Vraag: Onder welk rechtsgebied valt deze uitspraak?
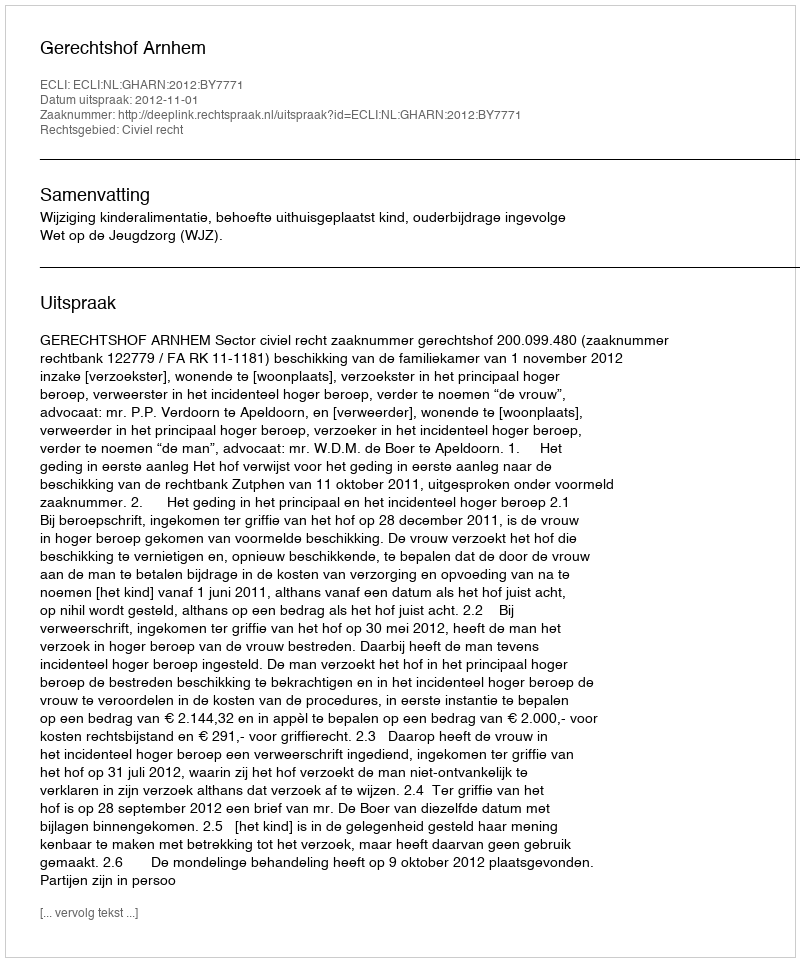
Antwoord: Civiel recht